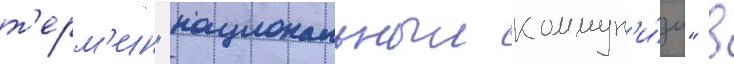
т'ерм'ин "национальныи коммун'и́зм" в